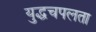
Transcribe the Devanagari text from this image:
युद्धचपलता